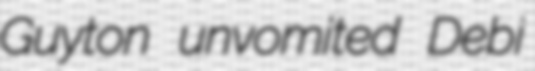
Guyton unvomited Debi